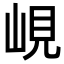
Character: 峴